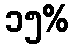
၁၅%